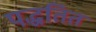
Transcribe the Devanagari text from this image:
पद्धतित